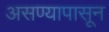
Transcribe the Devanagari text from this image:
असण्यापासून